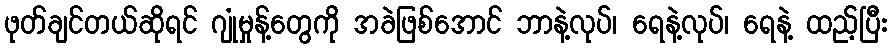
ဖုတ်ချင်တယ်ဆိုရင် ဂျုံမှုန့်တွေကို အခဲဖြစ်အောင် ဘာနဲ့လုပ်၊ ရေနဲ့လုပ်၊ ရေနဲ့ ထည့်ပြီး